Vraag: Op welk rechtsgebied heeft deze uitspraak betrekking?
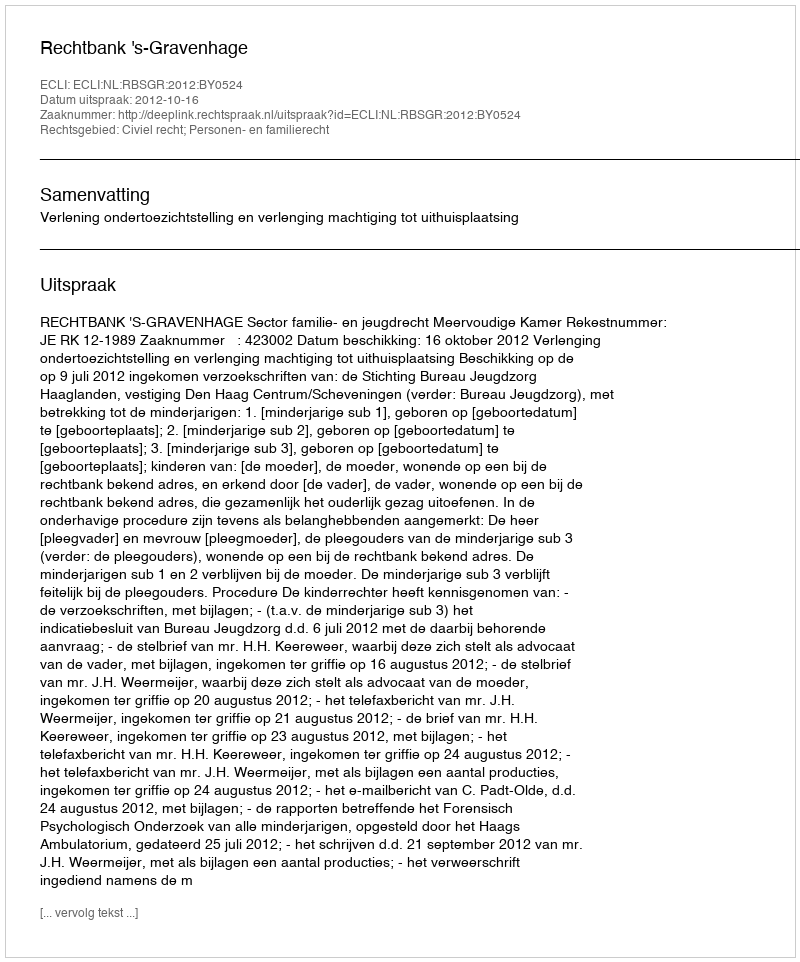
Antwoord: Civiel recht; Personen- en familierecht